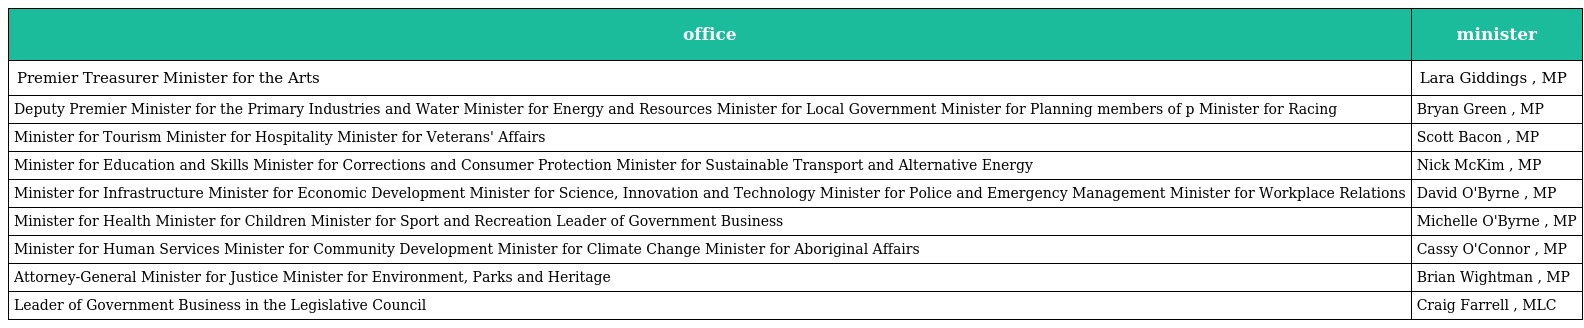
| office | minister |
 | --- | --- |
 | Premier Treasurer Minister for the Arts | Lara Giddings , MP |
 | Deputy Premier Minister for the Primary Industries and Water Minister for Energy and Resources Minister for Local Government Minister for Planning members of p Minister for Racing | Bryan Green , MP |
 | Minister for Tourism Minister for Hospitality Minister for Veterans' Affairs | Scott Bacon , MP |
 | Minister for Education and Skills Minister for Corrections and Consumer Protection Minister for Sustainable Transport and Alternative Energy | Nick McKim , MP |
 | Minister for Infrastructure Minister for Economic Development Minister for Science, Innovation and Technology Minister for Police and Emergency Management Minister for Workplace Relations | David O'Byrne , MP |
 | Minister for Health Minister for Children Minister for Sport and Recreation Leader of Government Business | Michelle O'Byrne , MP |
 | Minister for Human Services Minister for Community Development Minister for Climate Change Minister for Aboriginal Affairs | Cassy O'Connor , MP |
 | Attorney-General Minister for Justice Minister for Environment, Parks and Heritage | Brian Wightman , MP |
 | Leader of Government Business in the Legislative Council | Craig Farrell , MLC |